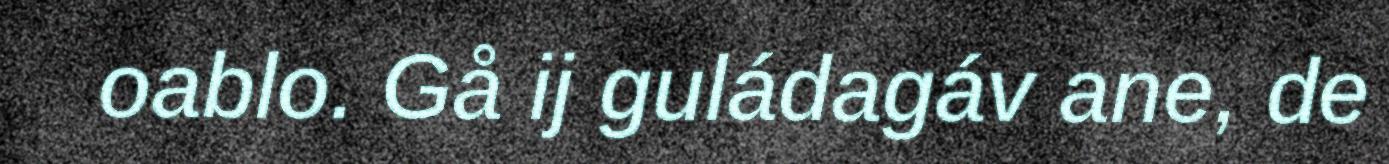
oablo. Gå ij guládagáv ane, de